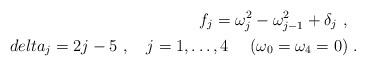
LaTeX: \begin{align*}f_j = \omega_j^2 - \omega^2_{j-1} + \delta_j \ , \ \ \\delta_j = 2j - 5 \ , \ \ \ j=1,\ldots,4 \ \ \ \ (\omega_0=\omega_4=0)\ . \end{align*}